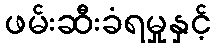
ဖမ်းဆီးခံရမှုနှင့်